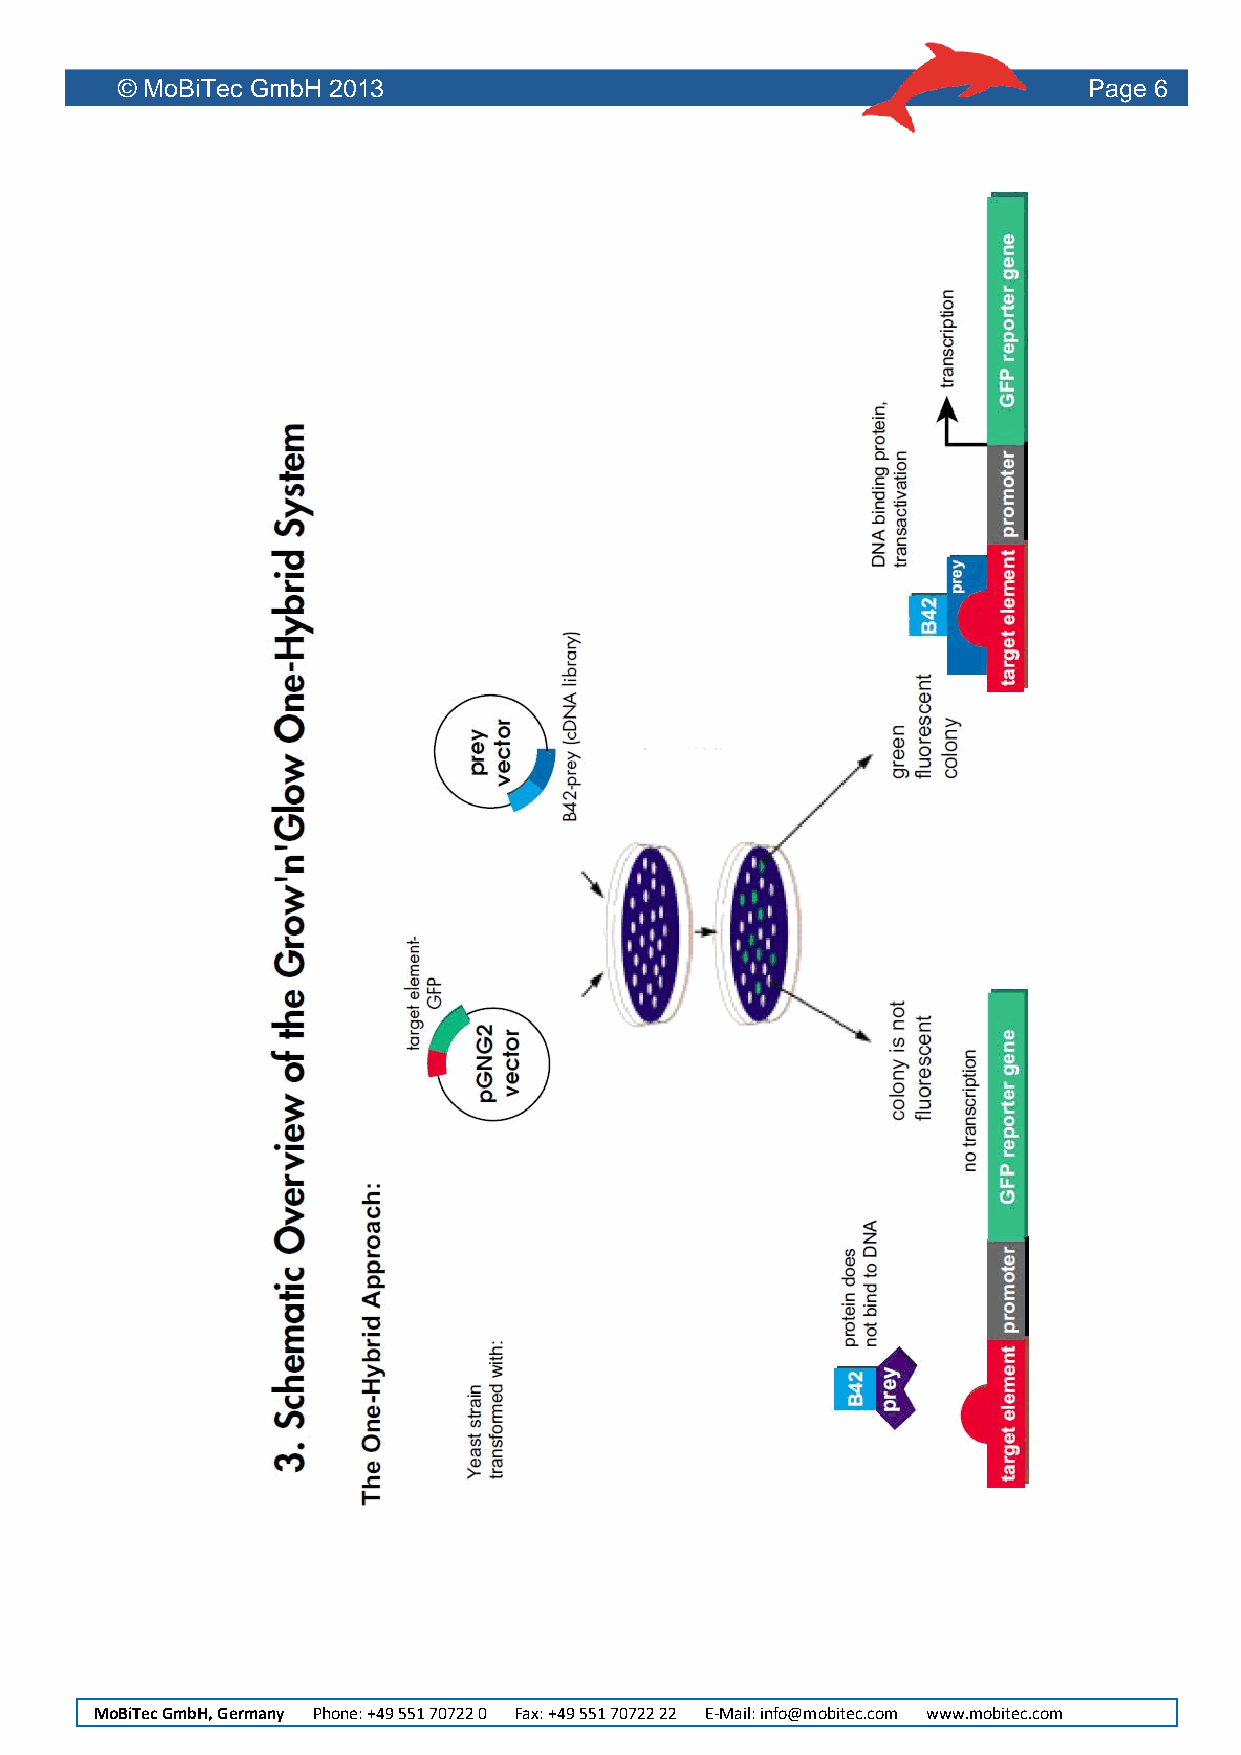
© MoBiTec GmbH 2013                                             Page 6
 MoBiTec GmbH, Germany Phone: +49 551 70722 0 Fax: +49 551 70722 22 E-Mail: info@mobitec.com www.mobitec.com